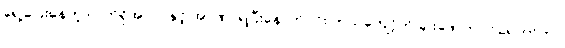
ရှေ့ပြေးနေတဲ့ လက်ရှိအလုပ်နှင့် အာဏာရပြီးနောက်ပိုင်း ဘယ်ကျော့်ကို ချိုးဖောက်ဝင်ရောက်ကာ